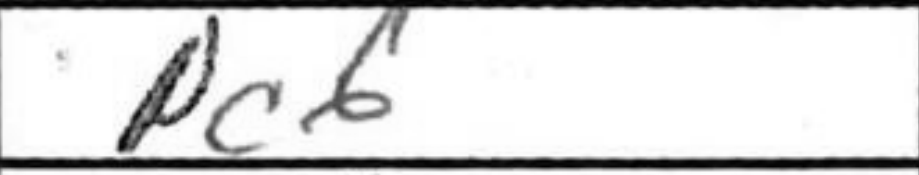
Transcription: Pc6